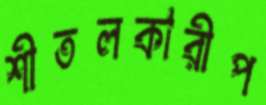
শীতলকারীপ